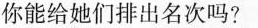
你能给她们排出名次吗?